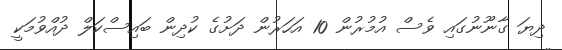
ދިޔަ ގާނޫނުގައި ވެސް އުމުރުން 10 އަހަރުން ދަށުގެ ކުދިން ބައިސްކަލް ދުއްވުމަކީ